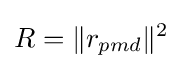
R=\|r_{pmd}\|^{2}